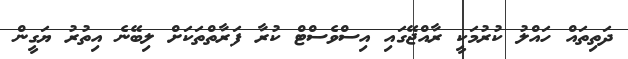
ދަތިތައް ހައްލު ކުރުމަކީ ރާއްޖޭގައި އިސްވެސްޓް ކުރާ ފަރާތްތަކަށް ލިބޭނެ އިތުރު ޔަގީން